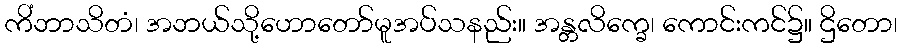
ကိံဘာသိတံ၊ အဘယ်သို့ဟောတော်မူအပ်သနည်း။ အန္တလိက္ခေ၊ ကောင်းကင်၌။ ဌိတော၊